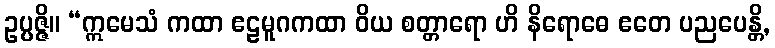
ဥပ္ပဇ္ဇိ။ “ဣမေသံ ကထာ ဧဠမူဂကထာ ဝိယ စတ္တာရော ဟိ နိရောဓေ ဧတေ ပညပေန္တိ,